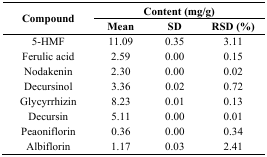
| <ROWSPAN=3> Compound | <COLSPAN=3> Content (mg/g) |
 | Mean | SD | RSD (%) |
 | --- | --- | --- | --- |
 | 5-HMF | 11.09 | 0.35 | 3.11 |
 | Ferulic acid | 2.59 | 0.00 | 0.15 |
 | Nodakenin | 2.30 | 0.00 | 0.02 |
 | Decursinol | 3.36 | 0.02 | 0.72 |
 | Glycyrrhizin | 8.23 | 0.01 | 0.13 |
 | Decursin | 5.11 | 0.00 | 0.01 |
 | Peaoniflorin | 0.36 | 0.00 | 0.34 |
 | Albiflorin | 1.17 | 0.03 | 2.41 |